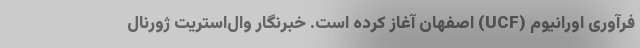
فرآوری اورانیوم (UCF) اصفهان آغاز کرده است. خبرنگار وال‌استریت ژورنال